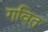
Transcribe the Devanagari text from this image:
गवित